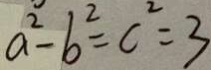
a ^ { 2 } - b ^ { 2 } = c ^ { 2 } = 3